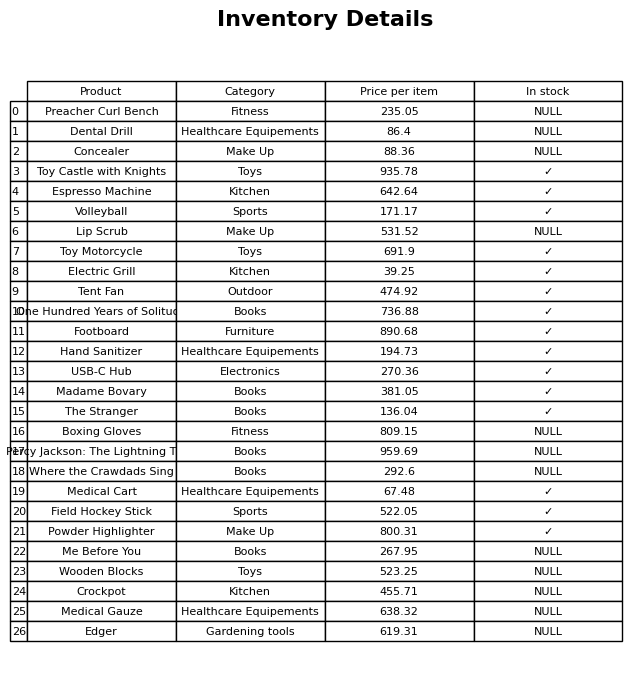
question: Is the Edger in stock?
answer: NULL